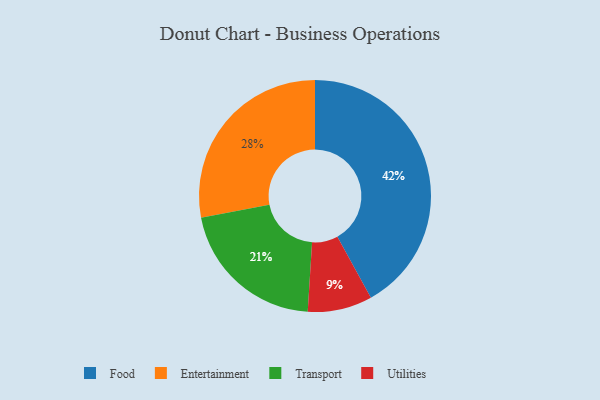
{"axis": {"x": "Category", "y": "Percentage"}, "legend": ["Entertainment", "Food", "Transport", "Utilities"], "data": [{"x": "Food", "y": 42, "type": "Food"}, {"x": "Utilities", "y": 9, "type": "Utilities"}, {"x": "Transport", "y": 21, "type": "Transport"}, {"x": "Entertainment", "y": 28, "type": "Entertainment"}]}